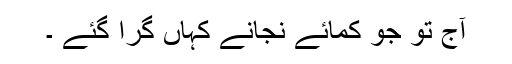
آج تو جو کمائے نجانے کہاں گرا گئے ۔